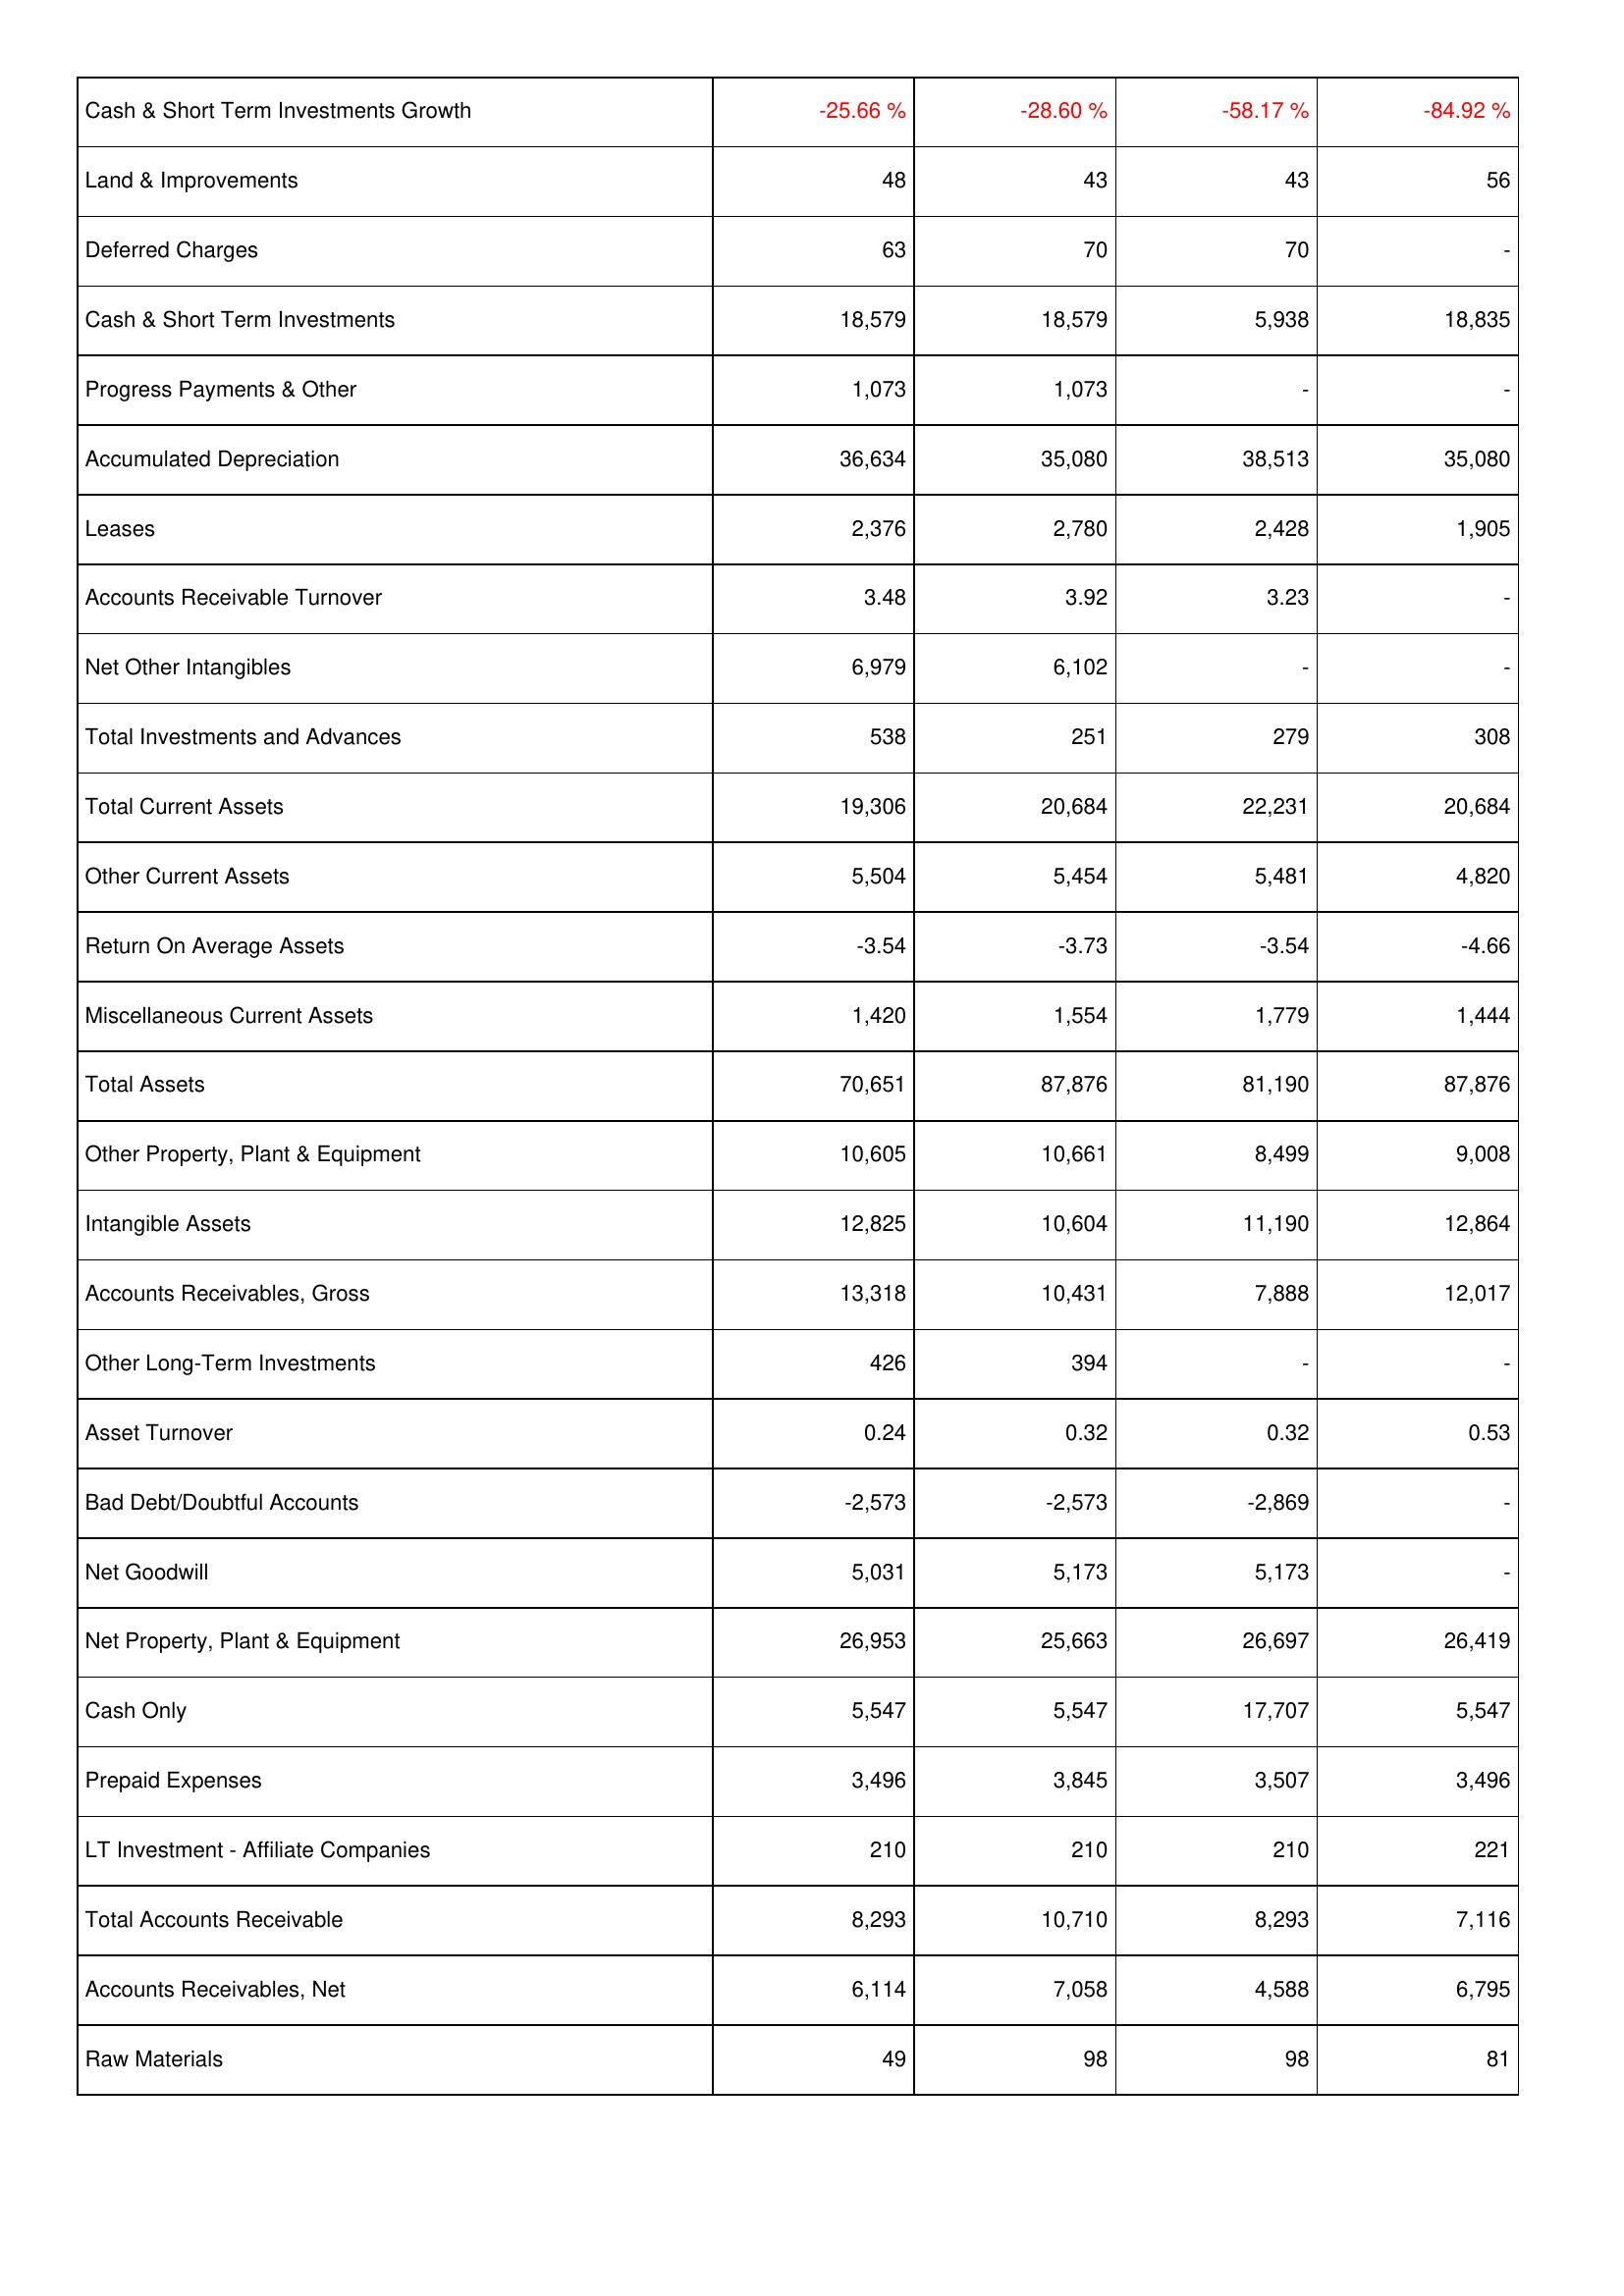
2020: Assets: Cash & Short Term Investments Growth: -25.66 %
Land & Improvements: 48
Deferred Charges: 63
Cash & Short Term Investments: 18,579
Progress Payments & Other: 1,073
Accumulated Depreciation: 36,634
Leases: 2,376
Accounts Receivable Turnover: 3.48
Net Other Intangibles: 6,979
Total Investments and Advances: 538
Total Current Assets: 19,306
Other Current Assets: 5,504
Return On Average Assets: -3.54
Miscellaneous Current Assets: 1,420
Total Assets: 70,651
Other Property, Plant & Equipment: 10,605
Intangible Assets: 12,825
Accounts Receivables, Gross: 13,318
Other Long-Term Investments: 426
Asset Turnover: 0.24
Bad Debt/Doubtful Accounts: -2,573
Net Goodwill: 5,031
Net Property, Plant & Equipment: 26,953
Cash Only: 5,547
Prepaid Expenses: 3,496
LT Investment - Affiliate Companies: 210
Total Accounts Receivable: 8,293
Accounts Receivables, Net: 6,114
Raw Materials: 49
2021: Assets: Cash & Short Term Investments Growth: -28.60 %
Land & Improvements: 43
Deferred Charges: 70
Cash & Short Term Investments: 18,579
Progress Payments & Other: 1,073
Accumulated Depreciation: 35,080
Leases: 2,780
Accounts Receivable Turnover: 3.92
Net Other Intangibles: 6,102
Total Investments and Advances: 251
Total Current Assets: 20,684
Other Current Assets: 5,454
Return On Average Assets: -3.73
Miscellaneous Current Assets: 1,554
Total Assets: 87,876
Other Property, Plant & Equipment: 10,661
Intangible Assets: 10,604
Accounts Receivables, Gross: 10,431
Other Long-Term Investments: 394
Asset Turnover: 0.32
Bad Debt/Doubtful Accounts: -2,573
Net Goodwill: 5,173
Net Property, Plant & Equipment: 25,663
Cash Only: 5,547
Prepaid Expenses: 3,845
LT Investment - Affiliate Companies: 210
Total Accounts Receivable: 10,710
Accounts Receivables, Net: 7,058
Raw Materials: 98
2022: Assets: Cash & Short Term Investments Growth: -58.17 %
Land & Improvements: 43
Deferred Charges: 70
Cash & Short Term Investments: 5,938
Progress Payments & Other: -
Accumulated Depreciation: 38,513
Leases: 2,428
Accounts Receivable Turnover: 3.23
Net Other Intangibles: -
Total Investments and Advances: 279
Total Current Assets: 22,231
Other Current Assets: 5,481
Return On Average Assets: -3.54
Miscellaneous Current Assets: 1,779
Total Assets: 81,190
Other Property, Plant & Equipment: 8,499
Intangible Assets: 11,190
Accounts Receivables, Gross: 7,888
Other Long-Term Investments: -
Asset Turnover: 0.32
Bad Debt/Doubtful Accounts: -2,869
Net Goodwill: 5,173
Net Property, Plant & Equipment: 26,697
Cash Only: 17,707
Prepaid Expenses: 3,507
LT Investment - Affiliate Companies: 210
Total Accounts Receivable: 8,293
Accounts Receivables, Net: 4,588
Raw Materials: 98
2023: Assets: Cash & Short Term Investments Growth: -84.92 %
Land & Improvements: 56
Deferred Charges: -
Cash & Short Term Investments: 18,835
Progress Payments & Other: -
Accumulated Depreciation: 35,080
Leases: 1,905
Accounts Receivable Turnover: -
Net Other Intangibles: -
Total Investments and Advances: 308
Total Current Assets: 20,684
Other Current Assets: 4,820
Return On Average Assets: -4.66
Miscellaneous Current Assets: 1,444
Total Assets: 87,876
Other Property, Plant & Equipment: 9,008
Intangible Assets: 12,864
Accounts Receivables, Gross: 12,017
Other Long-Term Investments: -
Asset Turnover: 0.53
Bad Debt/Doubtful Accounts: -
Net Goodwill: -
Net Property, Plant & Equipment: 26,419
Cash Only: 5,547
Prepaid Expenses: 3,496
LT Investment - Affiliate Companies: 221
Total Accounts Receivable: 7,116
Accounts Receivables, Net: 6,795
Raw Materials: 81